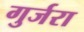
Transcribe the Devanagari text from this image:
गुर्जरा